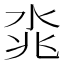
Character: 𣴝